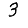
Digit: 3